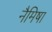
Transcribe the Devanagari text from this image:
नैमिषा